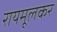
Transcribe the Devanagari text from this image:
रायमूलकर